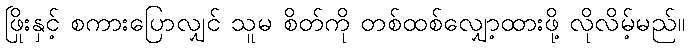
ဖြိုးနှင့် စကားပြောလျှင် သူမ စိတ်ကို တစ်ထစ်လျှော့ထားဖို့ လိုလိမ့်မည်။